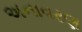
અનાવરણ